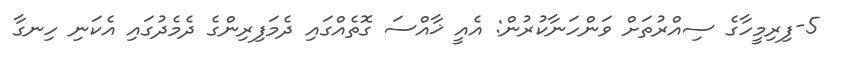
5-ފިރިމީހާގެ ސިއްރުތަށް ވަންހަނާކުރުން: އެއީ ޚާއްސަ ގޮތެއްގައި ދެމަފިރިންގެ ދެމެދުގައި އެކަނި ހިނގާ